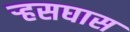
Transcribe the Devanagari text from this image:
र्‍हसघास